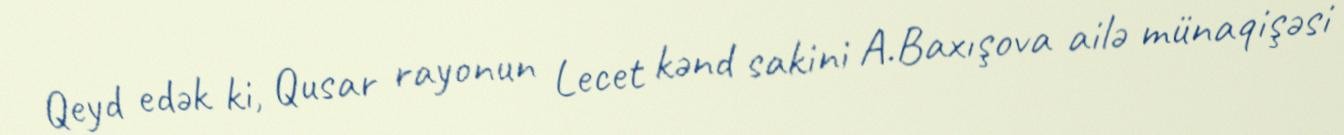
Qeyd edək ki, Qusar rayonun Lecet kənd sakini A.Baxışova ailə münaqişəsi